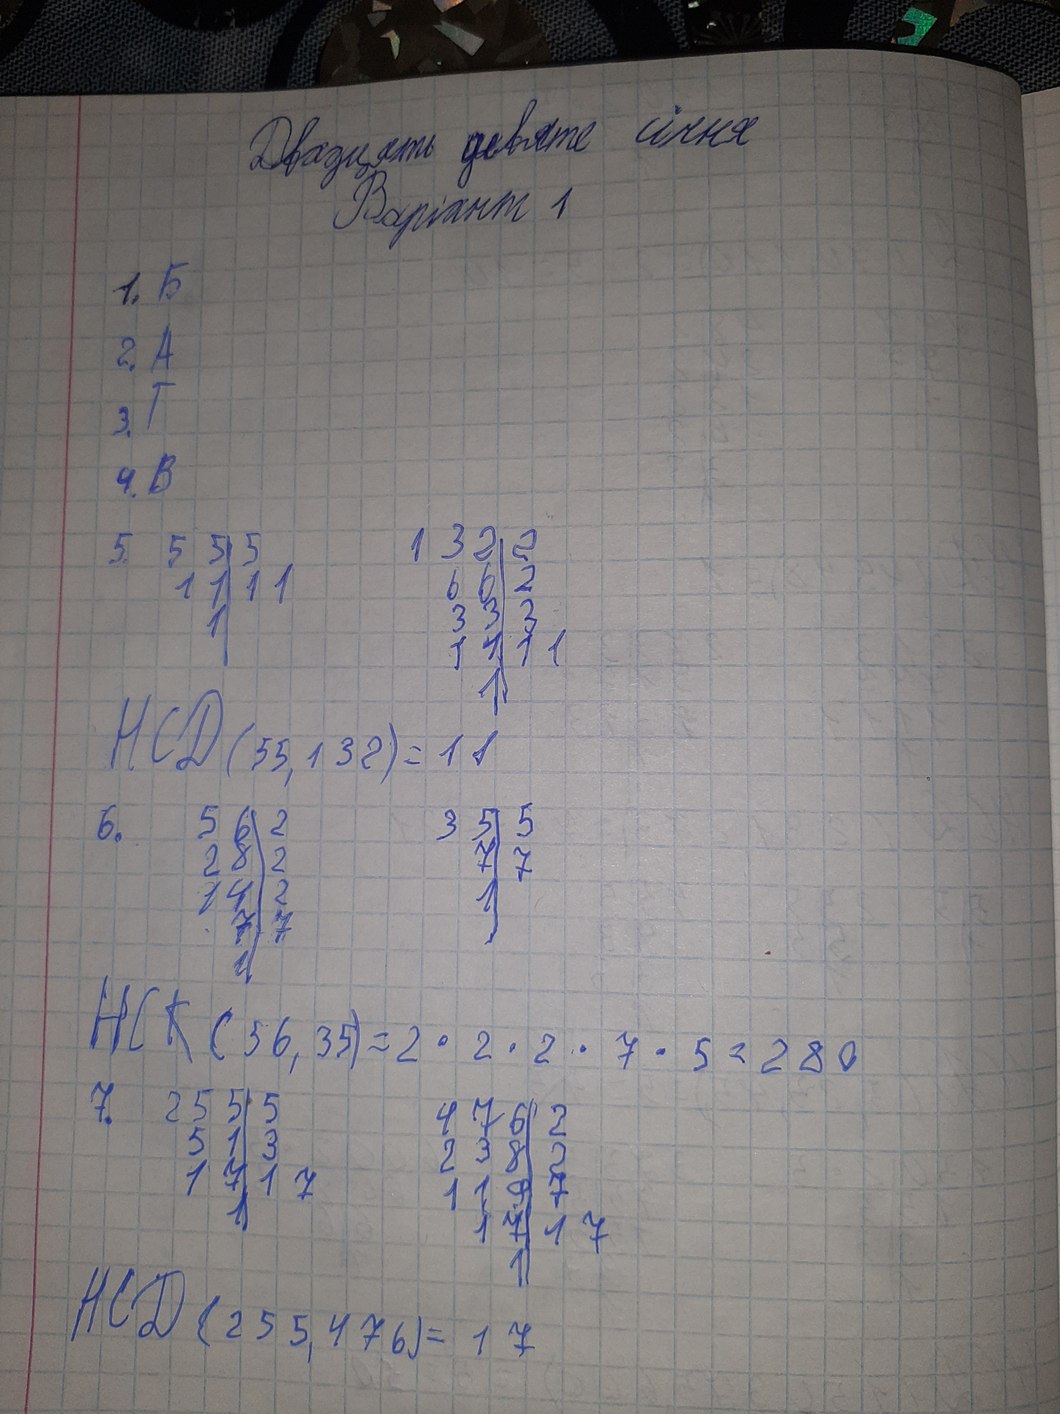
Двадцять дев'яте січня
Варіант 1
1. Б
2,4
3. Г
4. B
132 | 2
66 | 2
33 | 3
11 | 11
1 |
55 | 5
11 | 11
  1 |
5.
НСД(55,132) = 11
56 | 2
28 | 2
14 | 2
7 | 7
1 |
35 | 5
7 | 7
1 |
6.
НСК (56, 35) = 2 * 2 * 2 * 7 * 5 = 280
255 | 5
51 | 5
17 | 17
1 |
7.
476 | 2
238 | 2
119 | 7
17 | 17
1 |
НСД (255, 476) = 17